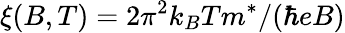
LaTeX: \xi(B,T)=2\pi^{2}k_{B}Tm^{*}/(\hbar eB)